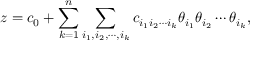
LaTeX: z = c _ { 0 } + \sum _ { k = 1 } ^ { n } \sum _ { i _ { 1 } , i _ { 2 } , \cdots , i _ { k } } c _ { i _ { 1 } i _ { 2 } \cdots i _ { k } } \theta _ { i _ { 1 } } \theta _ { i _ { 2 } } \cdots \theta _ { i _ { k } } ,